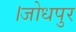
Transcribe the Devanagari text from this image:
।जोधपुर